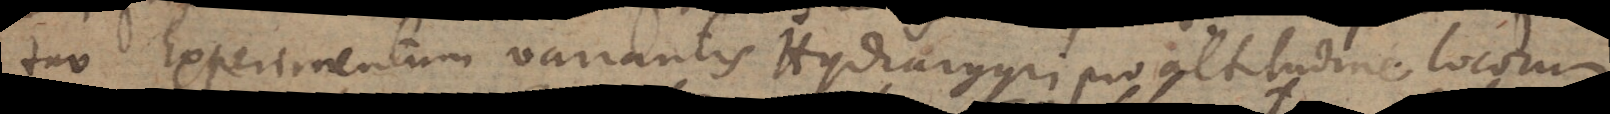
tur Experimentum variantis Hydrargyri pro altitudine locorum